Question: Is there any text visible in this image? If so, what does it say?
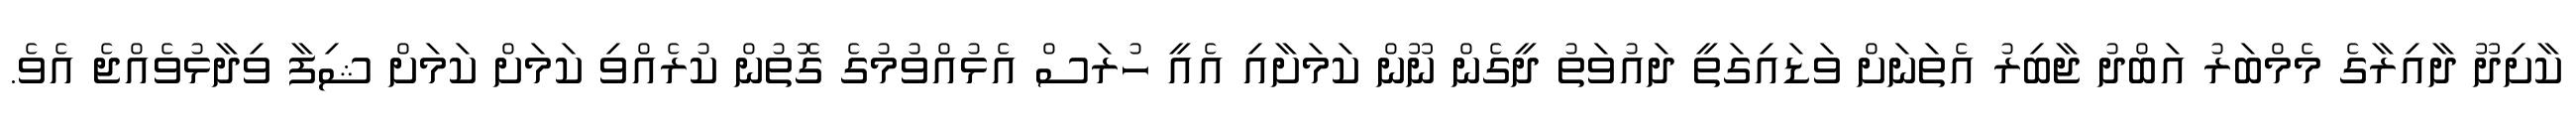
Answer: ކާށިދޫ ދާއިރާގެ މެމްބަރު އަބްދު ޖާބިރު އެތަނަށް ވަޑައިގަތީ ދައުވަތު ދީގެން ނޫން ކަމަށާއި އެއީ ހުރަސް އެޅުއްވުމުގެ ގޮތުން ކުރެއްވި ކަމަށް ކަމަށް ޝިފާ ވިދާޅުވެއްޖެ އެވެ.